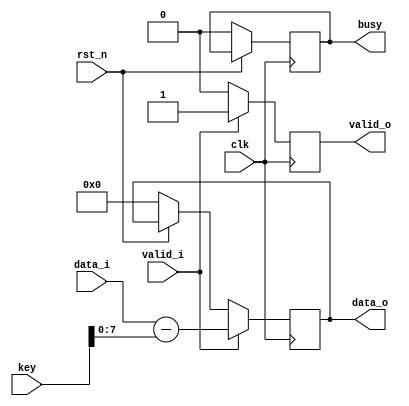
module caesar_decryption#(
				parameter D_WIDTH = 8,
				parameter KEY_WIDTH = 16
			)(
			// Clock and reset interface
			input clk,
			input rst_n,
			
			// Input interface
			input[D_WIDTH - 1:0] data_i,
			input valid_i,
			
			// Decryption Key
			input[KEY_WIDTH - 1 : 0] key,
			
			// Output interface
			output reg[D_WIDTH - 1:0] data_o,
			output reg valid_o,
			output reg busy
    );
	 
	 

// TODO: Implement Caesar Decryption here

	reg [KEY_WIDTH - 1:0] aux;
	

always @(posedge clk) begin
			
			if(!rst_n) begin
				data_o <= 0;
				valid_o <= 0;
				busy <= 0;
			end
			
			if (valid_i) begin
				valid_o <= 1;
				data_o <= data_i-key;
			end
			else
				valid_o <= 0;
			
			
			
			
			
end



endmodule